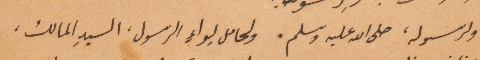
ولرسوله صلى الله عليه وسلم. ولحامل لواء الرسول، السيد المالك،